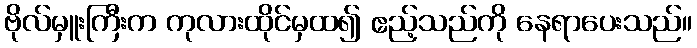
ဗိုလ်မှူးကြီးက ကုလားထိုင်မှထ၍ ဧည့်သည်ကို နေရာပေးသည်။